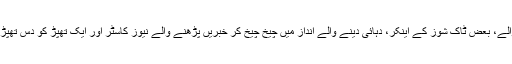
بہت سے مارننگ شو والے، بعض ٹاک شوز کے اینکر، دہائی دینے والے انداز میں چیخ چیخ کر خبریں پڑھنے والے نیوز کاسٹر اور ایک تھپڑ کو دس تھپڑ بنا دینے والے کاریگر۔